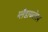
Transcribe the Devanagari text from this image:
ग्लैडायटोरम